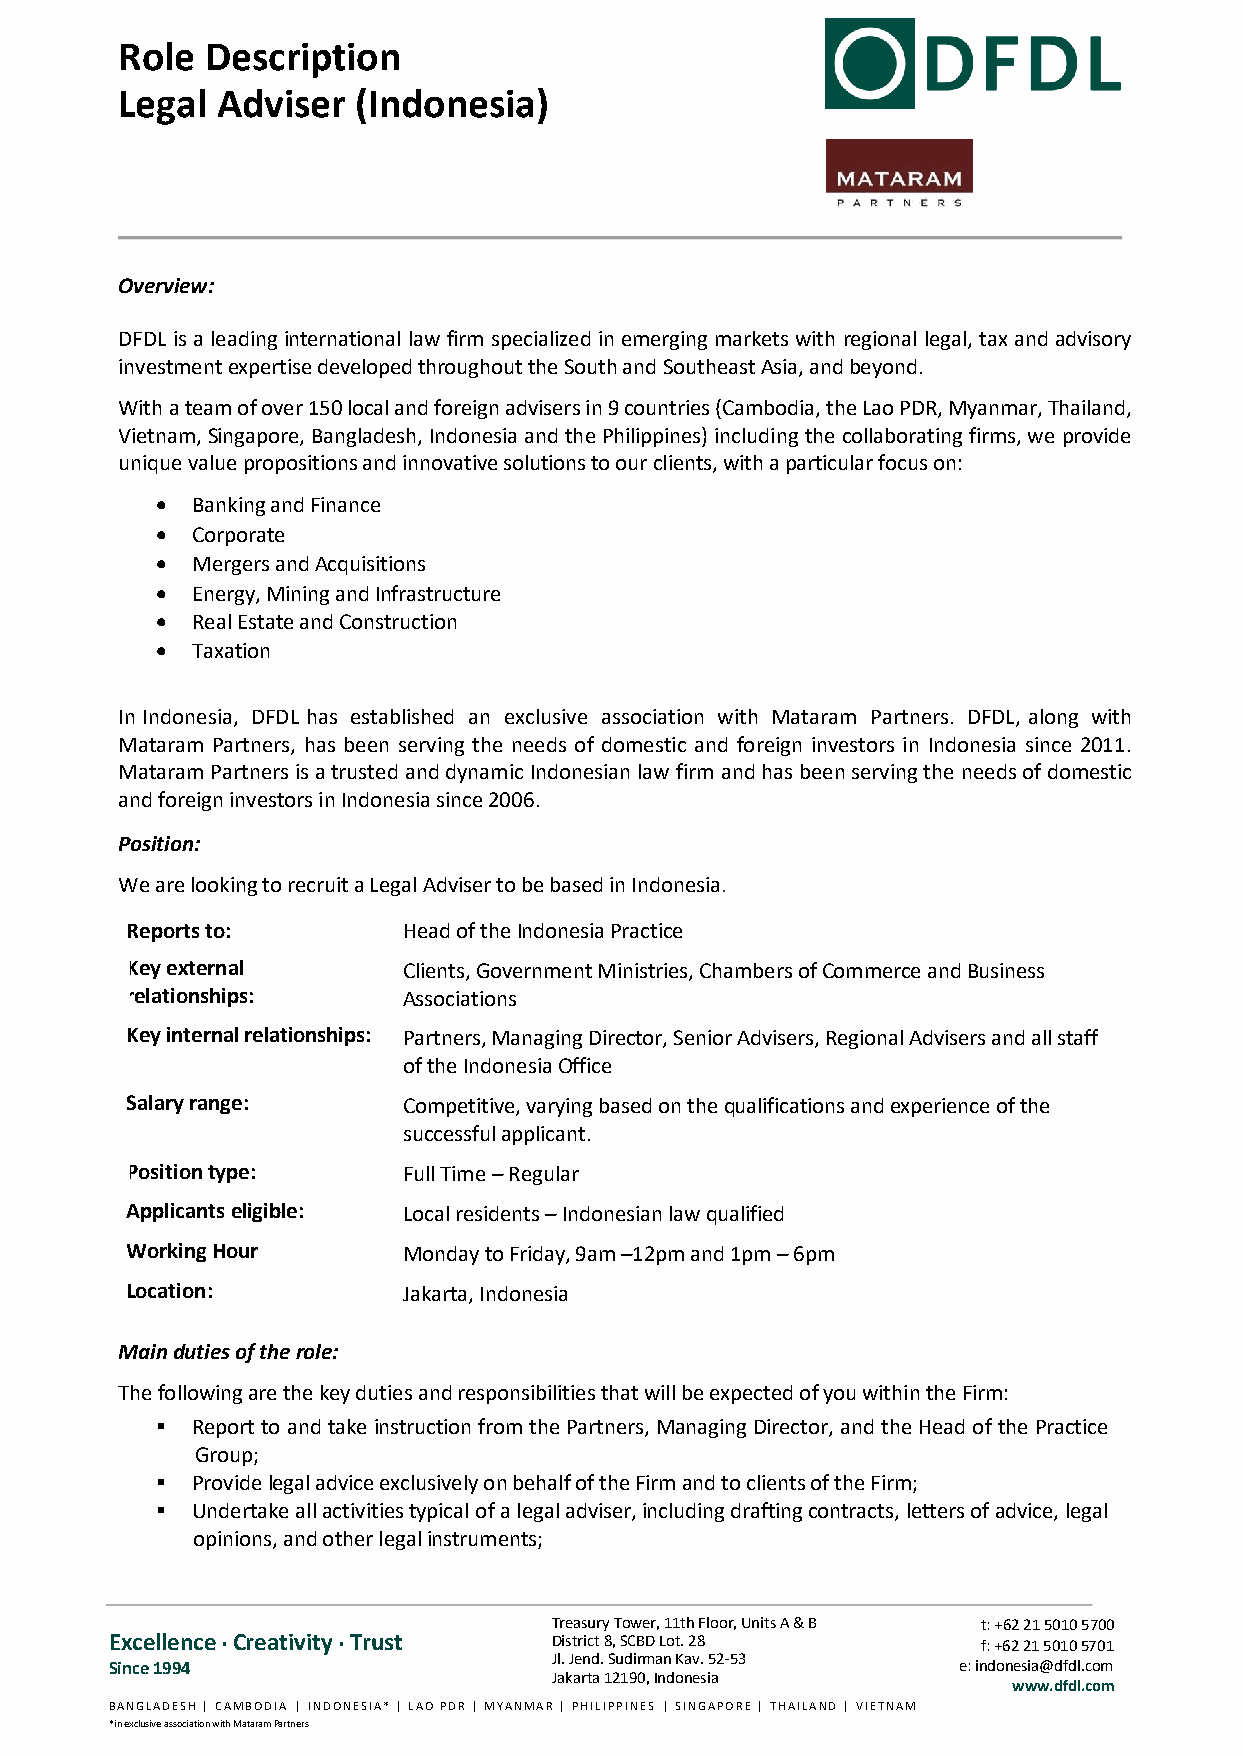
Role  Description
 Legal Adviser   (Indonesia)
 Overview:
 DFDL is a leading international law firm specialized in emerging markets with regional legal, tax and advisory
 investment expertise developed throughout the South and Southeast Asia, and beyond.
 With a team of over 150 local and foreign advisers in 9 countries (Cambodia, the Lao PDR, Myanmar, Thailand,
 Vietnam, Singapore, Bangladesh, Indonesia and the Philippines) including the collaborating firms, we provide
 unique value propositions and innovative solutions to our clients, with a particular focus on:
 •  Banking and Finance
 •  Corporate
 •  Mergers and Acquisitions
 •  Energy, Mining and Infrastructure
 •  Real Estate and Construction
 •  Taxation
 In Indonesia, DFDL has established an exclusive association with Mataram Partners. DFDL, along with
 Mataram Partners, has been serving the needs of domestic and foreign investors in Indonesia since 2011.
 Mataram Partners is a trusted and dynamic Indonesian law firm and has been serving the needs of domestic
 and foreign investors in Indonesia since 2006.
 Position:
 We are looking to recruit a Legal Adviser to be based in Indonesia.
 Reports to:        Head of the Indonesia Practice
 Key external       Clients, Government Ministries, Chambers of Commerce and Business
 relationships:     Associations
 Key internal relationships: Partners, Managing Director, Senior Advisers, Regional Advisers and all staff
 of the Indonesia Office
 Salary range:      Competitive, varying based on the qualifications and experience of the
 successful applicant.
 Position type:     Full Time – Regular
 Applicants eligible: Local residents – Indonesian law qualified
 Working Hour       Monday to Friday, 9am –12pm and 1pm – 6pm
 Location:          Jakarta, Indonesia
 Main duties of the role:
 The following are the key duties and responsibilities that will be expected of you within the Firm:
 ▪  Report to and take instruction from the Partners, Managing Director, and the Head of the Practice
 Group;
 ▪  Provide legal advice exclusively on behalf of the Firm and to clients of the Firm;
 ▪  Undertake all activities typical of a legal adviser, including drafting contracts, letters of advice, legal
 opinions, and other legal instruments;
 Treasury Tower, 11th Floor, Units A & B t: +62 21 5010 5700
 Excellence . Creativity . Trust District 8, SCBD Lot. 28  f: +62 21 5010 5701
 Jl. Jend. Sudirman Kav. 52-53
 Since 1994                                              e: indonesia@dfdl.com
 Jakarta 12190, Indonesia
 www.dfdl.com
 B A N G L A D E S H | C A M B O D I A | I N D O N E S I A * | L A O P D R | M Y A N M A R | P H I L I P P I N E S | S I N G A P O R E | T H A I L A N D | V I E T N A M
 *in exclusive association with Mataram Partners